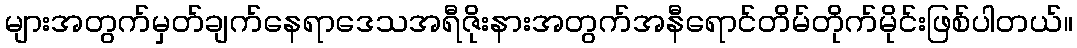
များအတွက်မှတ်ချက်နေရာဒေသအရီဇိုးနားအတွက်အနီရောင်တိမ်တိုက်မိုင်းဖြစ်ပါတယ်။